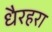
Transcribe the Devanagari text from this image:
धैरहरा